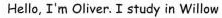
Hello, I'm Oliver. I study in Willow